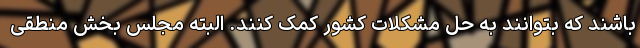
باشند که بتوانند به حل مشکلات کشور کمک کنند. البته مجلس بخش منطقی